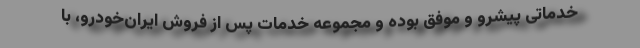
خدماتی پیشرو و موفق بوده و مجموعه خدمات پس از فروش ایران‌خودرو، با